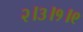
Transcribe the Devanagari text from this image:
२।३।१।९